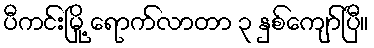
ပီကင်းမြို့ ရောက်လာတာ ၃ နှစ်ကျော်ပြီ။